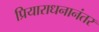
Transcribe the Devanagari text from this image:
प्रियाराधनानंतर